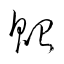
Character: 貽